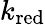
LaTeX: k_{\mathrm{red}}